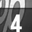
Digit: 4